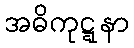
အဓိကုဋ္ဋနာ